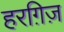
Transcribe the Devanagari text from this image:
हरग़िज़